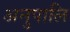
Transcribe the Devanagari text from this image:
अनुपालि